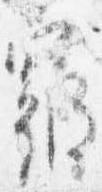
寝